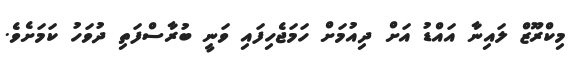
މިކްރޫޒް ލައިނާ އައްޑު އަށް ދިއުމަށް ހަމަޖެހިފައި ވަނީ ބުރާސްފަތި ދުވަހު ކަމަށެވެ.